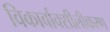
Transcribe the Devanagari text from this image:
विकार्बाक्सीलीकरण